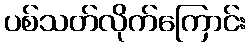
ပစ်သတ်လိုက်ကြောင်း